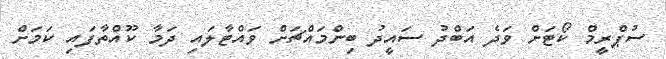
ސުޕްރީމް ކޯޓަށް ވަދެ އަބްދު ސައީދު ބިންމައްޗަށް ވައްޓާލައި ދަމާ ކޫއްތާފައި ކަމަށް